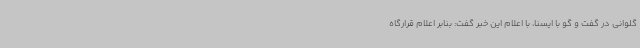
گلوانی در گفت و گو با ایسنا، با اعلام این خبر گفت: بنابر اعلام قرارگاه